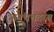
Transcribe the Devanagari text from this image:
अनंथभदरम्